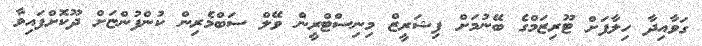
ގަވާއިދާ ހިލާފަށް ޓޫރިޒަމްގެ ބޭނުމަށް ފިޝަރީޒް މިނިސްޓްރީން ވޭލް ސަބްމެރިން ކުންފުންޏަށް ދޫކޮށްފައިވާ